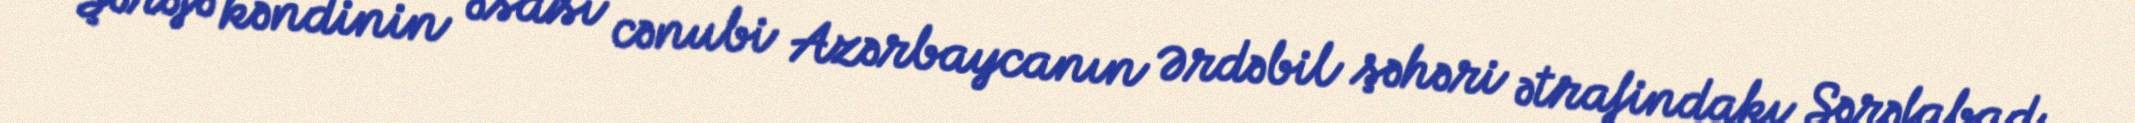
Şərəfə kəndinin əsası cənubi Azərbaycanın Ərdəbil şəhəri ətrafindakı Şərəfabad